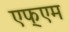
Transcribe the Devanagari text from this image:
एफ्एम